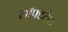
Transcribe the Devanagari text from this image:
सॉफ्टटेक